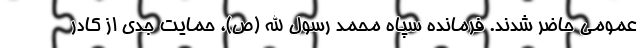
عمومی حاضر شدند. فرمانده سپاه محمد رسول الله (ص)، حمایت جدی از کادر